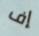
إف